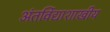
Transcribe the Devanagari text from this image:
अंतर्विद्याशाखीय